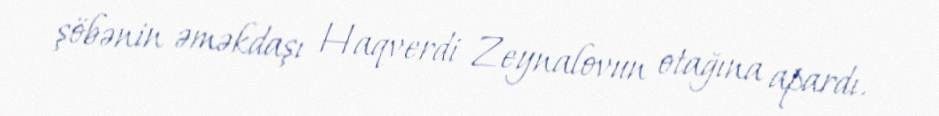
şöbənin əməkdaşı Haqverdi Zeynalovun otağına apardı.